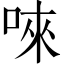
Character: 唻